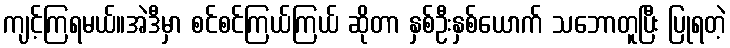
ကျင့်ကြရမယ်။အဲဒီမှာ စင်စင်ကြယ်ကြယ် ဆိုတာ နှစ်ဦးနှစ်ယောက် သဘောတူပြီး ပြုရတဲ့